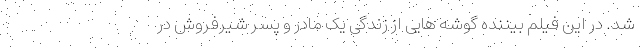
شد. در این فیلم بیننده گوشه هایی از زندگی یک مادر و پسر شیرفروش در